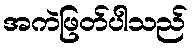
အကဲဖြတ်ပါသည်